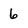
Character: 6